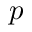
p